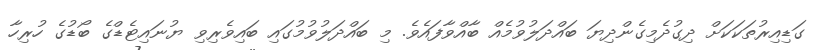
ގަޑިއިރުތަކަކަށް ދިގުދެމިގެންދިޔަ ބައްދަލުވުމެއް ބާއްވާފައެވެ. މި ބައްދަލުވުމުގައި ބައިވެރިވި ޔުނައިޓެޑްގެ ބޯޑުގެ ހުރިހާ